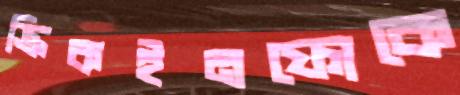
ক্রিকইনফোকে